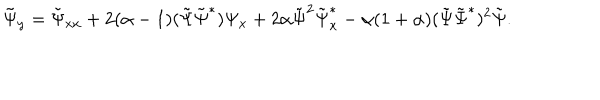
LaTeX: \tilde { \Psi } _ { y } = \tilde { \Psi } _ { x x } + 2 ( \alpha - 1 ) ( \tilde { \Psi } \tilde { \Psi } ^ { * } ) \Psi _ { x } + 2 \alpha \tilde { \Psi } ^ { 2 } \tilde { \Psi } _ { x } ^ { * } - \alpha ( 1 + \alpha ) ( \tilde { \Psi } \tilde { \Psi } ^ { * } ) ^ { 2 } \tilde { \Psi } .